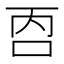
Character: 𱒑